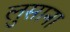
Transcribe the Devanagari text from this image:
लुसाना